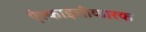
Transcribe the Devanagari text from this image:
ऐल्काइलीकारक